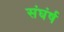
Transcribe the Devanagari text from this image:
संघंर्ष